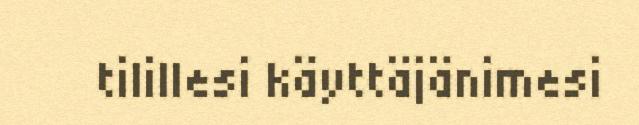
tilillesi käyttäjänimesi